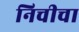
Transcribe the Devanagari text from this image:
निचीचा